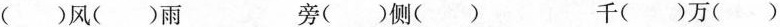
()风()雨 旁()侧() 千()万()